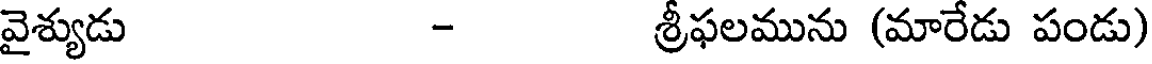
వైశ్యుడు - శ్రీఫలమును (మారేడు పండు)